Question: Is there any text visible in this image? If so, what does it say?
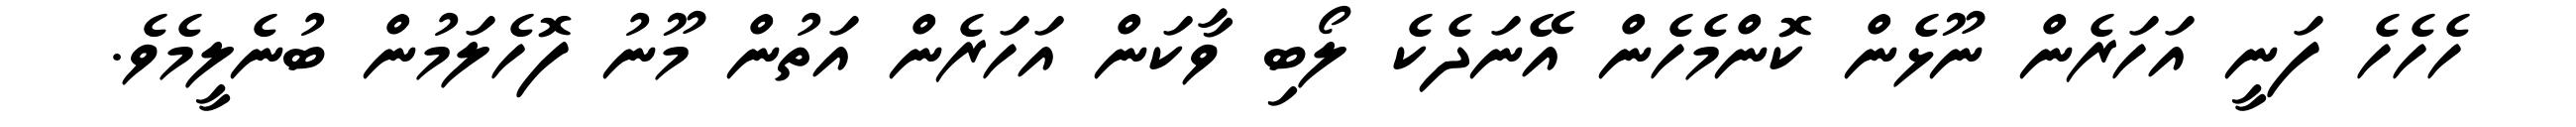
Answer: ހެހެހެ ފަނީ އަހަރެން ނޫޅެން ކޮންމެހެން އޭނަދެކެ ލޯބި ވާކަން އަހަރެން އަތުން މޫނު ފޮހެލަމުން ބުނެލީމެވެ.